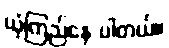
ယုံကြည်နေ ပါတယ်။